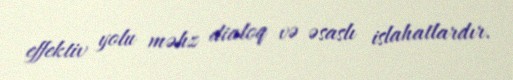
effektiv yolu məhz dialoq və əsaslı islahatlardır.